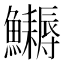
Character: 𩽔